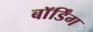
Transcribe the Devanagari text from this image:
बाॅर्डिंग